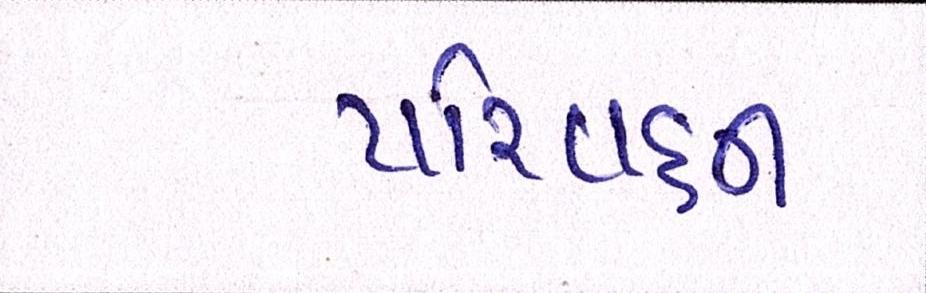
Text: પરિવહન